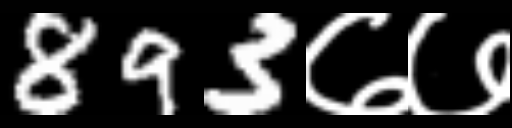
Text: 893७७